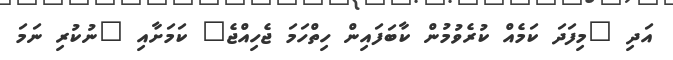
އަދި "މިފަދަ ކަމެއް ކުރެވުމުން ކާބަފައިން ހިތްހަމަ ޖެހިއްޖެ" ކަމަށާއި "ނުކުރި ނަމަ